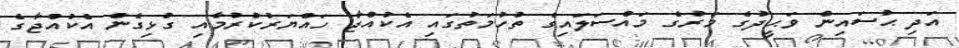
އަދި ޙުސައިން ވަޙީދުގެ މަރުގެ މައްސަލައިގެ ތުހުމަތުގައި އެކުއްޖާ ހައްޔަރުކުރުމާއި ގުޅިގެން އެކުއްޖާގެ